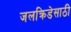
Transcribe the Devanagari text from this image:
जलक्रिडेसाठी